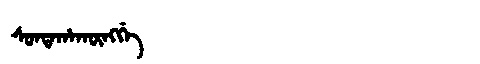
Manchu: ᠰᠣᠨᡨᠠᡥᠠᡴᡡᠩᡤᡝ
Romanization: SONTAHAKŪNGGE